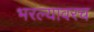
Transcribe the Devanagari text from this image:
भरल्यावरच